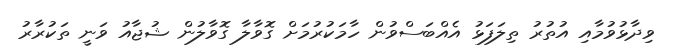
ވިދާޅުވުމާއި އުތުރު ތިލަފަޅު އެއްބަސްވުން ހާމަކުރުމަށް ގޮވާލާ ގޮވާލުން ޝުޖާއު ވަނީ ތަކުރާރު